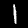
Digit: 1